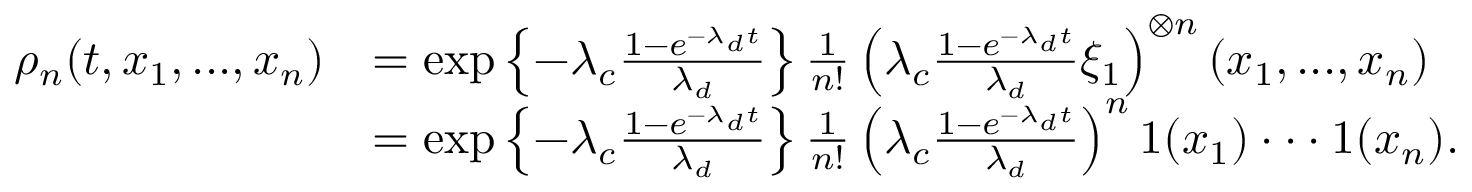
\begin{array} { r l } { \rho _ { n } ( t , x _ { 1 } , . . . , x _ { n } ) } & { = \exp \left\{ - \lambda _ { c } \frac { 1 - e ^ { - \lambda _ { d } t } } { \lambda _ { d } } \right\} \frac { 1 } { n ! } \left( \lambda _ { c } \frac { 1 - e ^ { - \lambda _ { d } t } } { \lambda _ { d } } \xi _ { 1 } \right) ^ { \otimes n } ( x _ { 1 } , . . . , x _ { n } ) } \\ & { = \exp \left\{ - \lambda _ { c } \frac { 1 - e ^ { - \lambda _ { d } t } } { \lambda _ { d } } \right\} \frac { 1 } { n ! } \left( \lambda _ { c } \frac { 1 - e ^ { - \lambda _ { d } t } } { \lambda _ { d } } \right) ^ { n } 1 ( x _ { 1 } ) \cdot \cdot \cdot 1 ( x _ { n } ) . } \end{array}